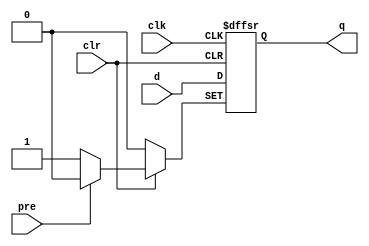
module my_dffsr_nnn (
    input d,
    clk,
    pre,
    clr,
    output reg q
);
  initial q <= 1'b0;
  always @(negedge clk or negedge pre or negedge clr)
    if (!pre) q <= 1'b1;
    else if (!clr) q <= 1'b0;
    else q <= d;
endmodule